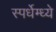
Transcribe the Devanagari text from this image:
स्पर्धेम्ध्ये